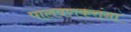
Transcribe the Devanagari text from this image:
पालवणकरांना